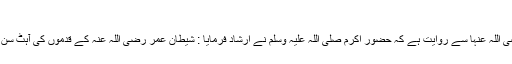
( الریاض النضرہ )
حضرت عائشہ رضی اللہ عنہا سے روایت ہے کہ حضور اکرم صلی اللہ علیہ وسلم نے ارشاد فرمایا : شیطان عمر رضی اللہ عنہ کے قدموں کی آہٹ سن کر بھاگ جاتا ہے ۔